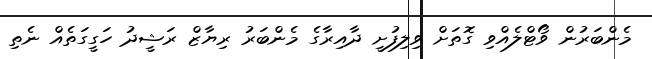
މެންބަރުން ވޯޓްލެއްވި ގޮތަށް ވިލިފުށީ ދާއިރާގެ މެންބަރު ރިޔާޒް ރަޝީދު ހަގީގަތެއް ނެތި